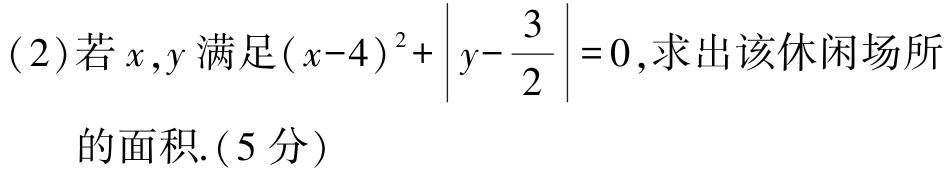
(2)若\(x,y\)满足\((x - 4)^2+\left|y-\dfrac{3}{2}\right| = 0\),求出该休闲场所的面积.(5分)